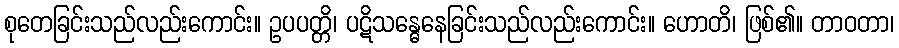
စုတေခြင်းသည်လည်းကောင်း။ ဥပပတ္တိ၊ ပဋိသန္ဓေနေခြင်းသည်လည်းကောင်း။ ဟောတိ၊ ဖြစ်၏။ တာဝတာ၊